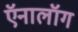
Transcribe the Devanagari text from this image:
ऍनालॉग